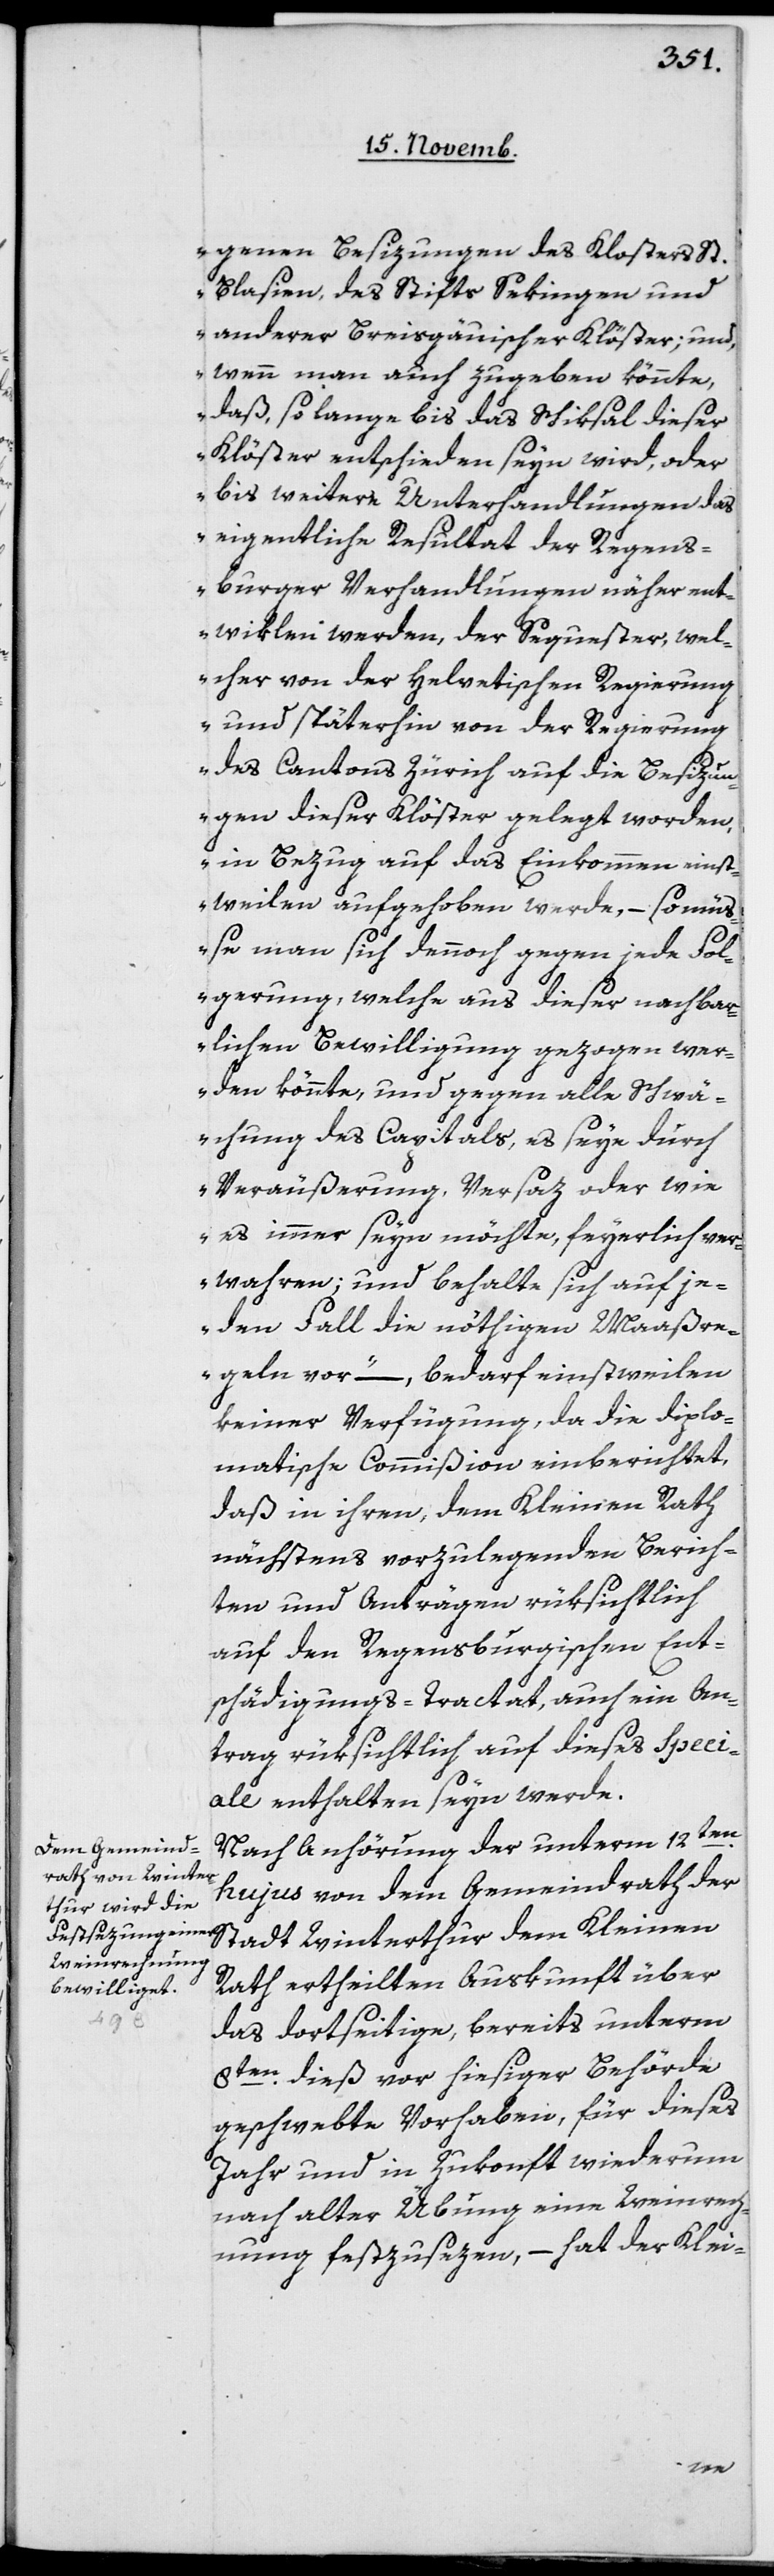
genen Besizungen des Klosters St.
Blasien, des Stifts Sekingen und
anderer Breisgauischer Klöster; und,
wenn man auch zugeben könnte,
daß, solange bis das Schiksal dieser
Klöster entschieden seyn wird, oder
bis weitere Unterhandlungen das
eigentliche Resultat der Regens¬
burger Verhandlungen näher ent¬
wiklen werden, der Sequester, wel¬
cher von der Helvetischen Regierung
und späterhin von der Regierung
des Cantons Zürich auf die Besizun¬
gen dieser Klöster gelegt worden,
in Bezug auf das Einkommen einst¬
weilen aufgehoben werde, – so mü¬
ße man sich dannoch gegen jede Fo¬
lgerung, welche aus dieser nachbar¬
lichen Bewilligung gezogen wer¬
den könnte, und gegen alle Schwä¬
chung des Capitals, es seye durch
Veräußerung, Versaz oder wie
es immer sein möchte, feyerlich ver¬
wahren, und behalte sich auf je¬
den Fall die nöthigen Maaßre¬
geln vor,“ – bedarf einstweilen
keiner Verfügung, da die diplo¬
matische Commißion einberichtet,
daß in ihren, dem Kleinen Rath
nächstens vorzulegenden Berich¬
ten und Anträgen rüksichtlich
auf den Regensburgischen Ent¬
schädigungs-Tractat, auch ein An¬
trag rüksichtlich auf dieses Speci¬
ale enthalten seyn werde.
Nach Anhörung der unterm 12ten
hujus von dem Gemeindrath der
Rath ertheilten Auskunft über
das dortseitige, bereits unterm
8ten dieß vor hiesiger Behörde
geschwebte Vorhaben, für dieses
Jahr und in Zukunft wiederum
nach alter Übung eine Weinrech¬
nung festzusezen, – hat der Klei-
Kleinen